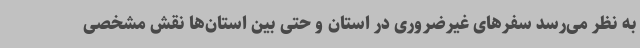
به نظر می‌رسد سفرهای غیرضروری در استان و حتی بین استان‌ها نقش مشخصی